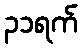
၃၁ရက်